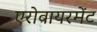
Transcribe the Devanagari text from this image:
एरोवायरमेंट